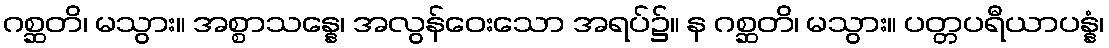
ဂစ္ဆတိ၊ မသွား။ အစ္စာသန္နေ၊ အလွန်ဝေးသော အရပ်၌။ န ဂစ္ဆတိ၊ မသွား။ ပတ္တပရီယာပန္နံ၊